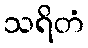
သရိတံ